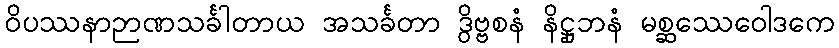
ဝိပဿနာဉာဏသင်္ခါတာယ အသင်္ခတာ ဒွိဗ္ဗစနံ နိဋ္ဌုဘနံ မစ္ဆဿေဝေါဒကေ